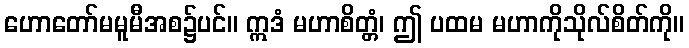
ဟောတော်မမူမီအစ၌ပင်။ ဣဒံ မဟာစိတ္တံ၊ ဤ ပထမ မဟာကိုသိုလ်စိတ်ကို။